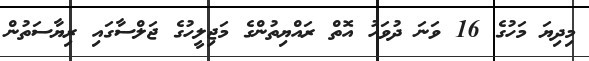
މިދިޔަ މަހުގެ 16 ވަނަ ދުވަހު އޮތް ރައްޔިތުންގެ މަޖިލީހުގެ ޖަލްސާގައި ރިޔާސަތުން